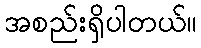
အစည်းရှိပါတယ်။